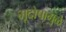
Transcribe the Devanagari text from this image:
भूदोषामुळे